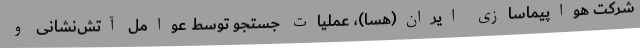
شرکت هواپیماسازی ایران(هسا)، عملیات جستجو توسط عوامل آتش‌نشانی و